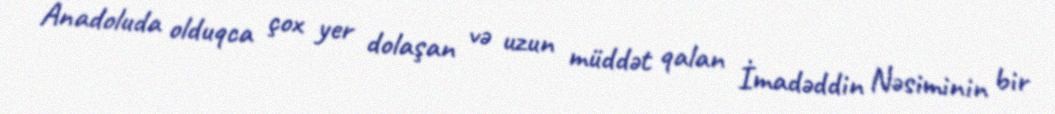
Anadoluda olduqca çox yer dolaşan və uzun müddət qalan İmadəddin Nəsiminin bir